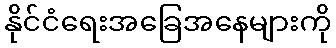
နိုင်ငံရေးအခြေအနေများကို